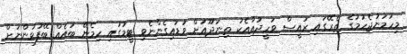
މިހަމަނުޖެހުމުގެ ތެރޭގައި ރައީސް ވަހީދުއާއެކު ތިނަދޫއަށް ވަޑައިގެންނެވި ޓީމުގައި ހިމެނޭ ބައެއް ބޭފުޅުންނަށް